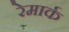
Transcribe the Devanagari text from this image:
रेमार्क